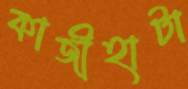
কাজীহাটা